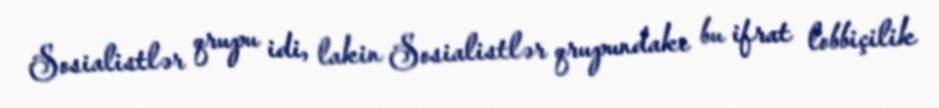
Sosialistlər qrupu idi, lakin Sosialistlər qrupundakı bu ifrat lobbiçilik